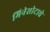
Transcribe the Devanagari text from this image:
मिनेसोटाचे